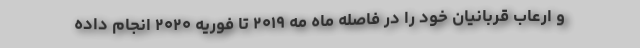
و ارعاب قربانیان خود را در فاصله ماه مه ۲۰۱۹ تا فوریه ۲۰۲۰ انجام داده